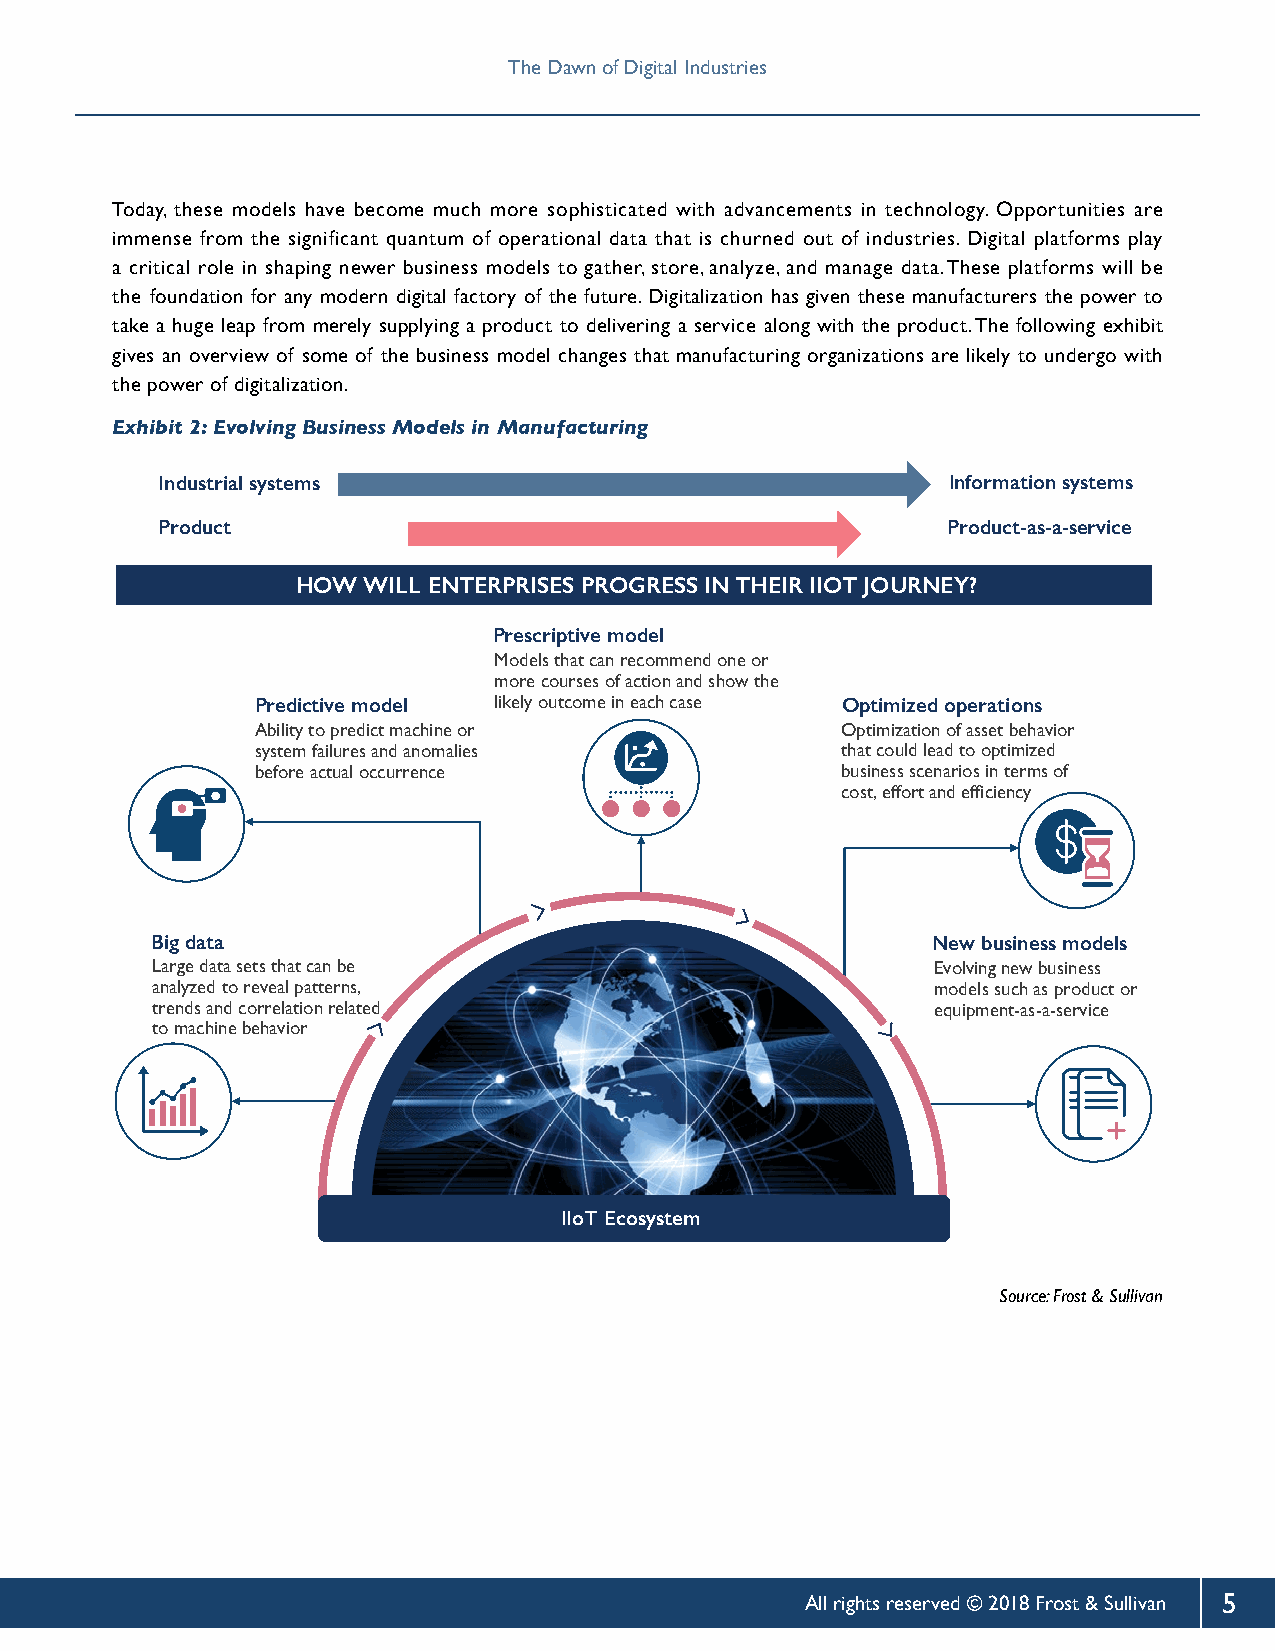
The Dawn of Digital Industries    The Dawn of Digital Industries
 Today, these models have become much more sophisticated with advancements in technology. Opportunities are
 immense from the significant quantum of operational data that is churned out of industries. Digital platforms play
 a critical role in shaping newer business models to gather, store, analyze, and manage data. These platforms will be
 the foundation for any modern digital factory of the future. Digitalization has given these manufacturers the power to
 take a huge leap from merely supplying a product to delivering a service along with the product. The following exhibit
 gives an overview of some of the business model changes that manufacturing organizations are likely to undergo with
 the power of digitalization.
 Exhibit 2: Evolving Business Models in Manufacturing
 Industrial systems                                   Information systems
 Product                                              Product-as-a-service
 HOW WILL ENTERPRISES PROGRESS IN THEIR IIOT JOURNEY?
 Prescriptive model
 Models that can recommend one or
 more courses of action and show the
 Predictive model likely outcome in each case Optimized operations
 Ability to predict machine or          Optimization of asset behavior
 system failures and anomalies          that could lead to optimized
 before actual occurrence               business scenarios in terms of
 cost, effort and efficiency
 Big data                                            New business models
 Large data sets that can be                         Evolving new business
 analyzed to reveal patterns,                        models such as product or
 trends and correlation related                      equipment-as-a-service
 to machine behavior
 IIoT Ecosystem
 Source: Frost & Sullivan
 All rights reserved © 2018 Frost & Sullivan 5